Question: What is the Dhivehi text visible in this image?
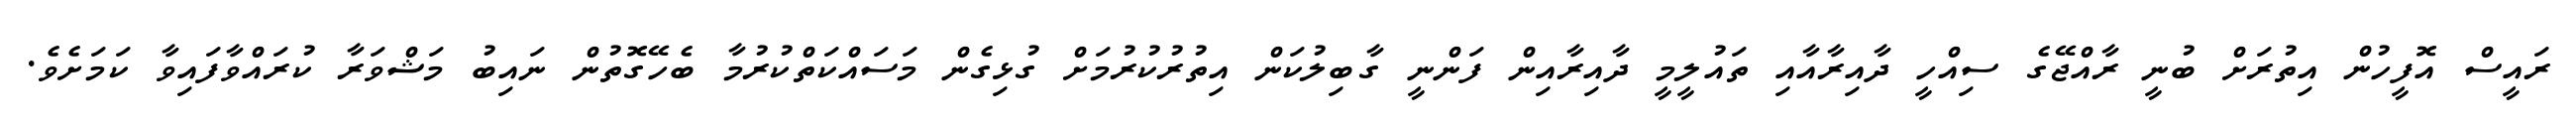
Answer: ރައީސް އޮފީހުން އިތުރަށް ބުނީ ރާއްޖޭގެ ސިއްހީ ދާއިރާއާއި ތައުލީމީ ދާއިރާއިން ފަންނީ ގާބިލުކަން އިތުރުކުރުމަށް ގުޅިގެން މަސައްކަތްކުރުމާ ބެހޭގޮތުން ނައިބު މަޝްވަރާ ކުރައްވާފައިވާ ކަމަށެވެ.